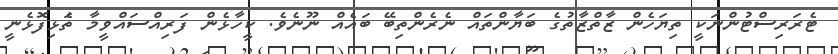
ޓެރަރިސްޓުންނަކީ ތިޔަހެން ޒާތްޒާތުގެ ބަޔާންތައް ނެރެންތިބޭ ބައެއް ނޫނެވެ. ކީހާޅެން ފަރިއްސައްވީމާ ތެަޅިފޮޅެނީ